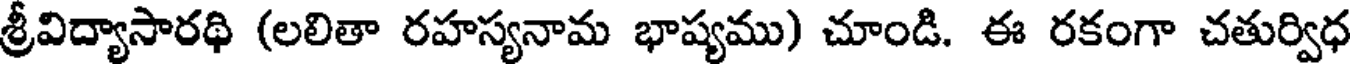
శ్రీవిద్యాసారథి (లలితా రహస్యనామ భాష్యము) చూండి. ఈ రకంగా చతుర్విధ